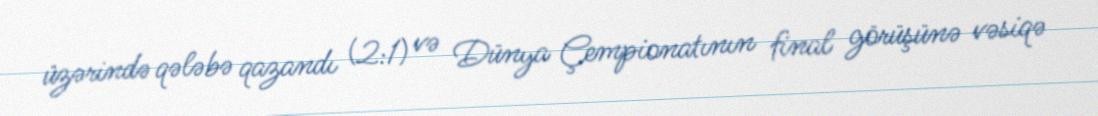
üzərində qələbə qazandı (2:1) və Dünya Çempionatının final görüşünə vəsiqə